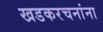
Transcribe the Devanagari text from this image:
खडकरचनांना